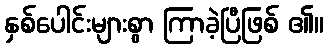
နှစ်ပေါင်းများစွာ ကြာခဲ့ပြီဖြစ် ၏။